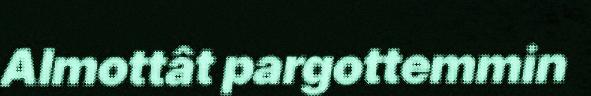
Almottât pargottemmin